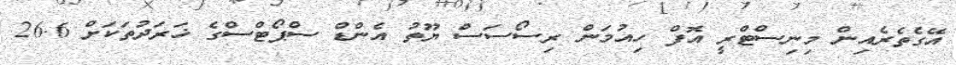
އޭގެތެރެއިން މިނިސްޓްރީ އޮފް ހިއުމަން ރިސޯސަސް ޔޫތު އެންޑް ސްޕޯޓްސްގެ ޚަރަދުތަކަށް 26.6